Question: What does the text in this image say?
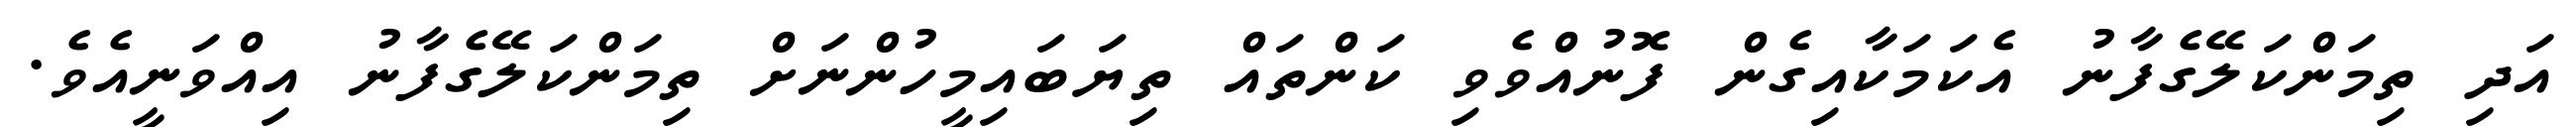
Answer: އަދި ތިމަންކަލޭގެފާނު އެކަމަކާއިގެން ފޮނުއްވެވި ކަންތައް ތިޔަބައިމީހުންނަށް ތިމަންކަލޭގެފާނު އިއްވަނީއެވެ.